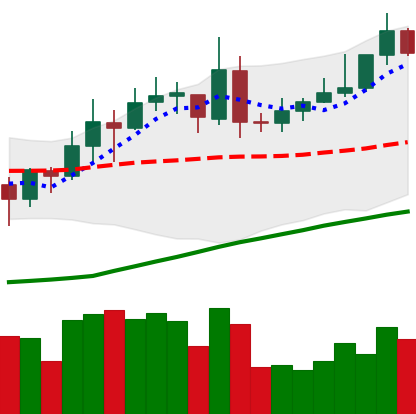
Ticker: XMR-USD
Chart end date: 2020-07-24
Forward return: 10.57%
Label: up_7plus